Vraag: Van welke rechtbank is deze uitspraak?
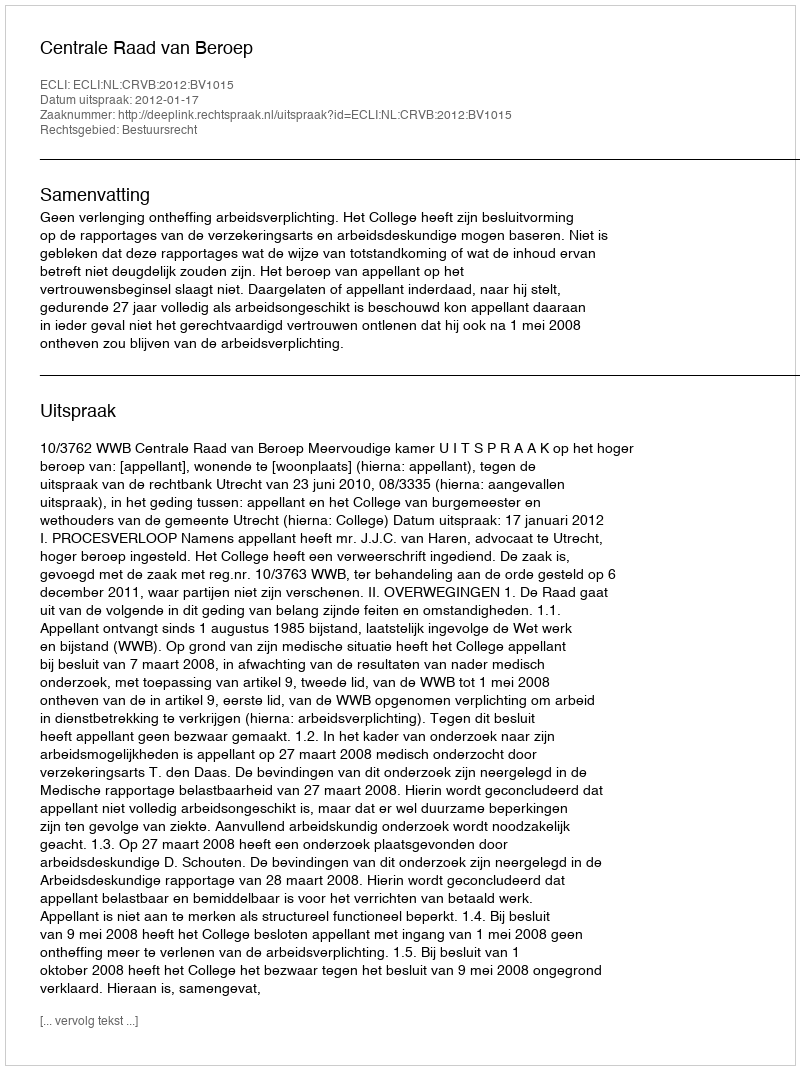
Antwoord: Centrale Raad van Beroep